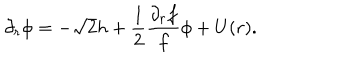
\partial _ { r } \phi = - \sqrt 2 h + { \frac { 1 } { 2 } } { \frac { \partial _ { r } f } { f } } \phi + U ( r ) .